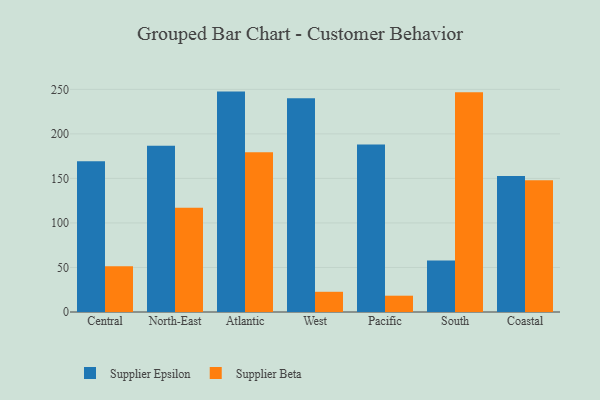
{"axis": {"x": "Region", "y": "Tickets Resolved"}, "legend": ["Supplier Beta", "Supplier Epsilon"], "data": [{"x": "Central", "y": 169.3, "type": "Supplier Epsilon"}, {"x": "Central", "y": 51.3, "type": "Supplier Beta"}, {"x": "North-East", "y": 186.7, "type": "Supplier Epsilon"}, {"x": "North-East", "y": 117.0, "type": "Supplier Beta"}, {"x": "Atlantic", "y": 247.5, "type": "Supplier Epsilon"}, {"x": "Atlantic", "y": 179.4, "type": "Supplier Beta"}, {"x": "West", "y": 240.1, "type": "Supplier Epsilon"}, {"x": "West", "y": 22.7, "type": "Supplier Beta"}, {"x": "Pacific", "y": 188.1, "type": "Supplier Epsilon"}, {"x": "Pacific", "y": 18.3, "type": "Supplier Beta"}, {"x": "South", "y": 57.8, "type": "Supplier Epsilon"}, {"x": "South", "y": 246.9, "type": "Supplier Beta"}, {"x": "Coastal", "y": 152.7, "type": "Supplier Epsilon"}, {"x": "Coastal", "y": 147.9, "type": "Supplier Beta"}]}